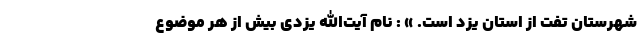
شهرستان تفت از استان یزد است. » : نام آیت‌الله یزدی بیش از هر موضوع